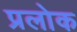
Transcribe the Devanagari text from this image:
प्रलोक